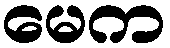
မေက